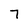
Character: 7